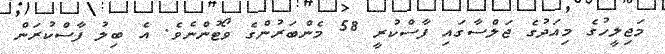
މަޖިލީހުގެ މިއަދުގެ ޖަލްސާގައި ފާސްކުރީ 58 މެންބަރުންގެ ވޯޓުންނެވެ. އެ ބިލު ފާސްކުރަން